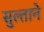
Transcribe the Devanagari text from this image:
सुल्ताने